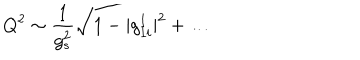
Q ^ { 2 } \sim \frac { 1 } { g _ { s } ^ { 2 } } \sqrt { 1 - | g _ { I i } ^ { 1 } | ^ { 2 } + \dots }